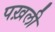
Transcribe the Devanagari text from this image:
पख़ली